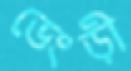
ভেংড়ী